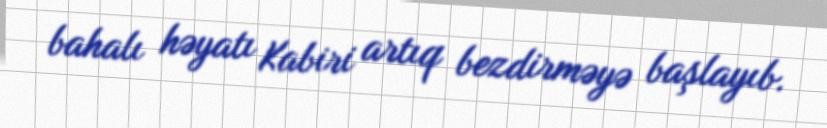
bahalı həyatı Kabiri artıq bezdirməyə başlayıb.